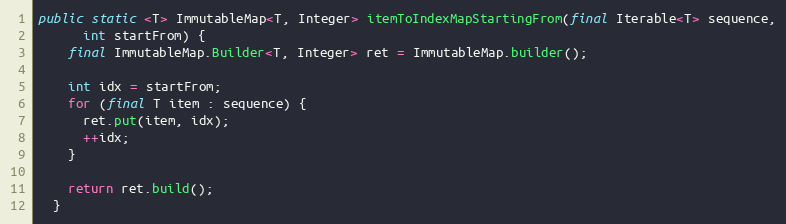
Language: Java
public static <T> ImmutableMap<T, Integer> itemToIndexMapStartingFrom(final Iterable<T> sequence,
      int startFrom) {
    final ImmutableMap.Builder<T, Integer> ret = ImmutableMap.builder();

    int idx = startFrom;
    for (final T item : sequence) {
      ret.put(item, idx);
      ++idx;
    }

    return ret.build();
  }